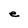
Character: e